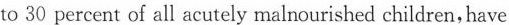
to 30 percent of all acutely malnourished children,have